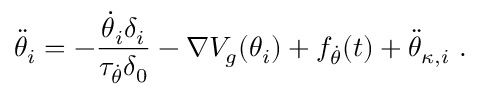
\ddot { \theta } _ { i } = - \frac { \dot { \theta } _ { i } \delta _ { i } } { \tau _ { \dot { \theta } } \delta _ { 0 } } - \nabla V _ { g } ( \theta _ { i } ) + f _ { \dot { \theta } } ( t ) + \ddot { \theta } _ { \kappa , i } \ .